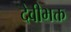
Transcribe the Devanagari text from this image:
देवीभक्त